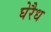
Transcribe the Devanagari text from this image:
घेरैध